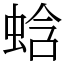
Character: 蛿